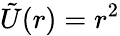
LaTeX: \tilde{U}(r)=r^{2}